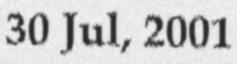
30 Jul, 2001